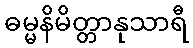
ဓမ္မနိမိတ္တာနုသာရီ